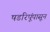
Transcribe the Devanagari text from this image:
षडरिपूंपासून